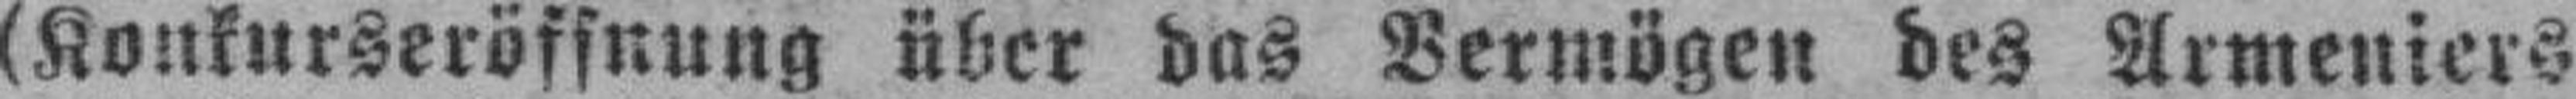
(Konkurseröffnung über das Vermögen des Armeniers